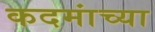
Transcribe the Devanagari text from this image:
कदमांच्या